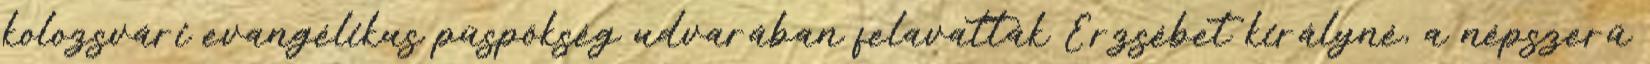
kolozsvári evangélikus püspökség udvarában felavatták Erzsébet királyné, a népszerű